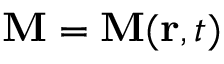
\mathbf { M } = \mathbf { M } ( \mathbf { r } , t )